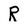
Character: R